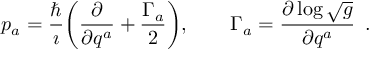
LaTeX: p _ { a } = { \frac { \hbar } { \i } } \bigg ( { \frac { \partial } { \partial q ^ { a } } } + { \frac { \Gamma _ { a } } { 2 } } \bigg ) , \qquad \Gamma _ { a } = { \frac { \partial \log \sqrt { g } } { \partial q ^ { a } } } \enspace .